Vabadussoja_Ajaloo_Komitee, lk 12
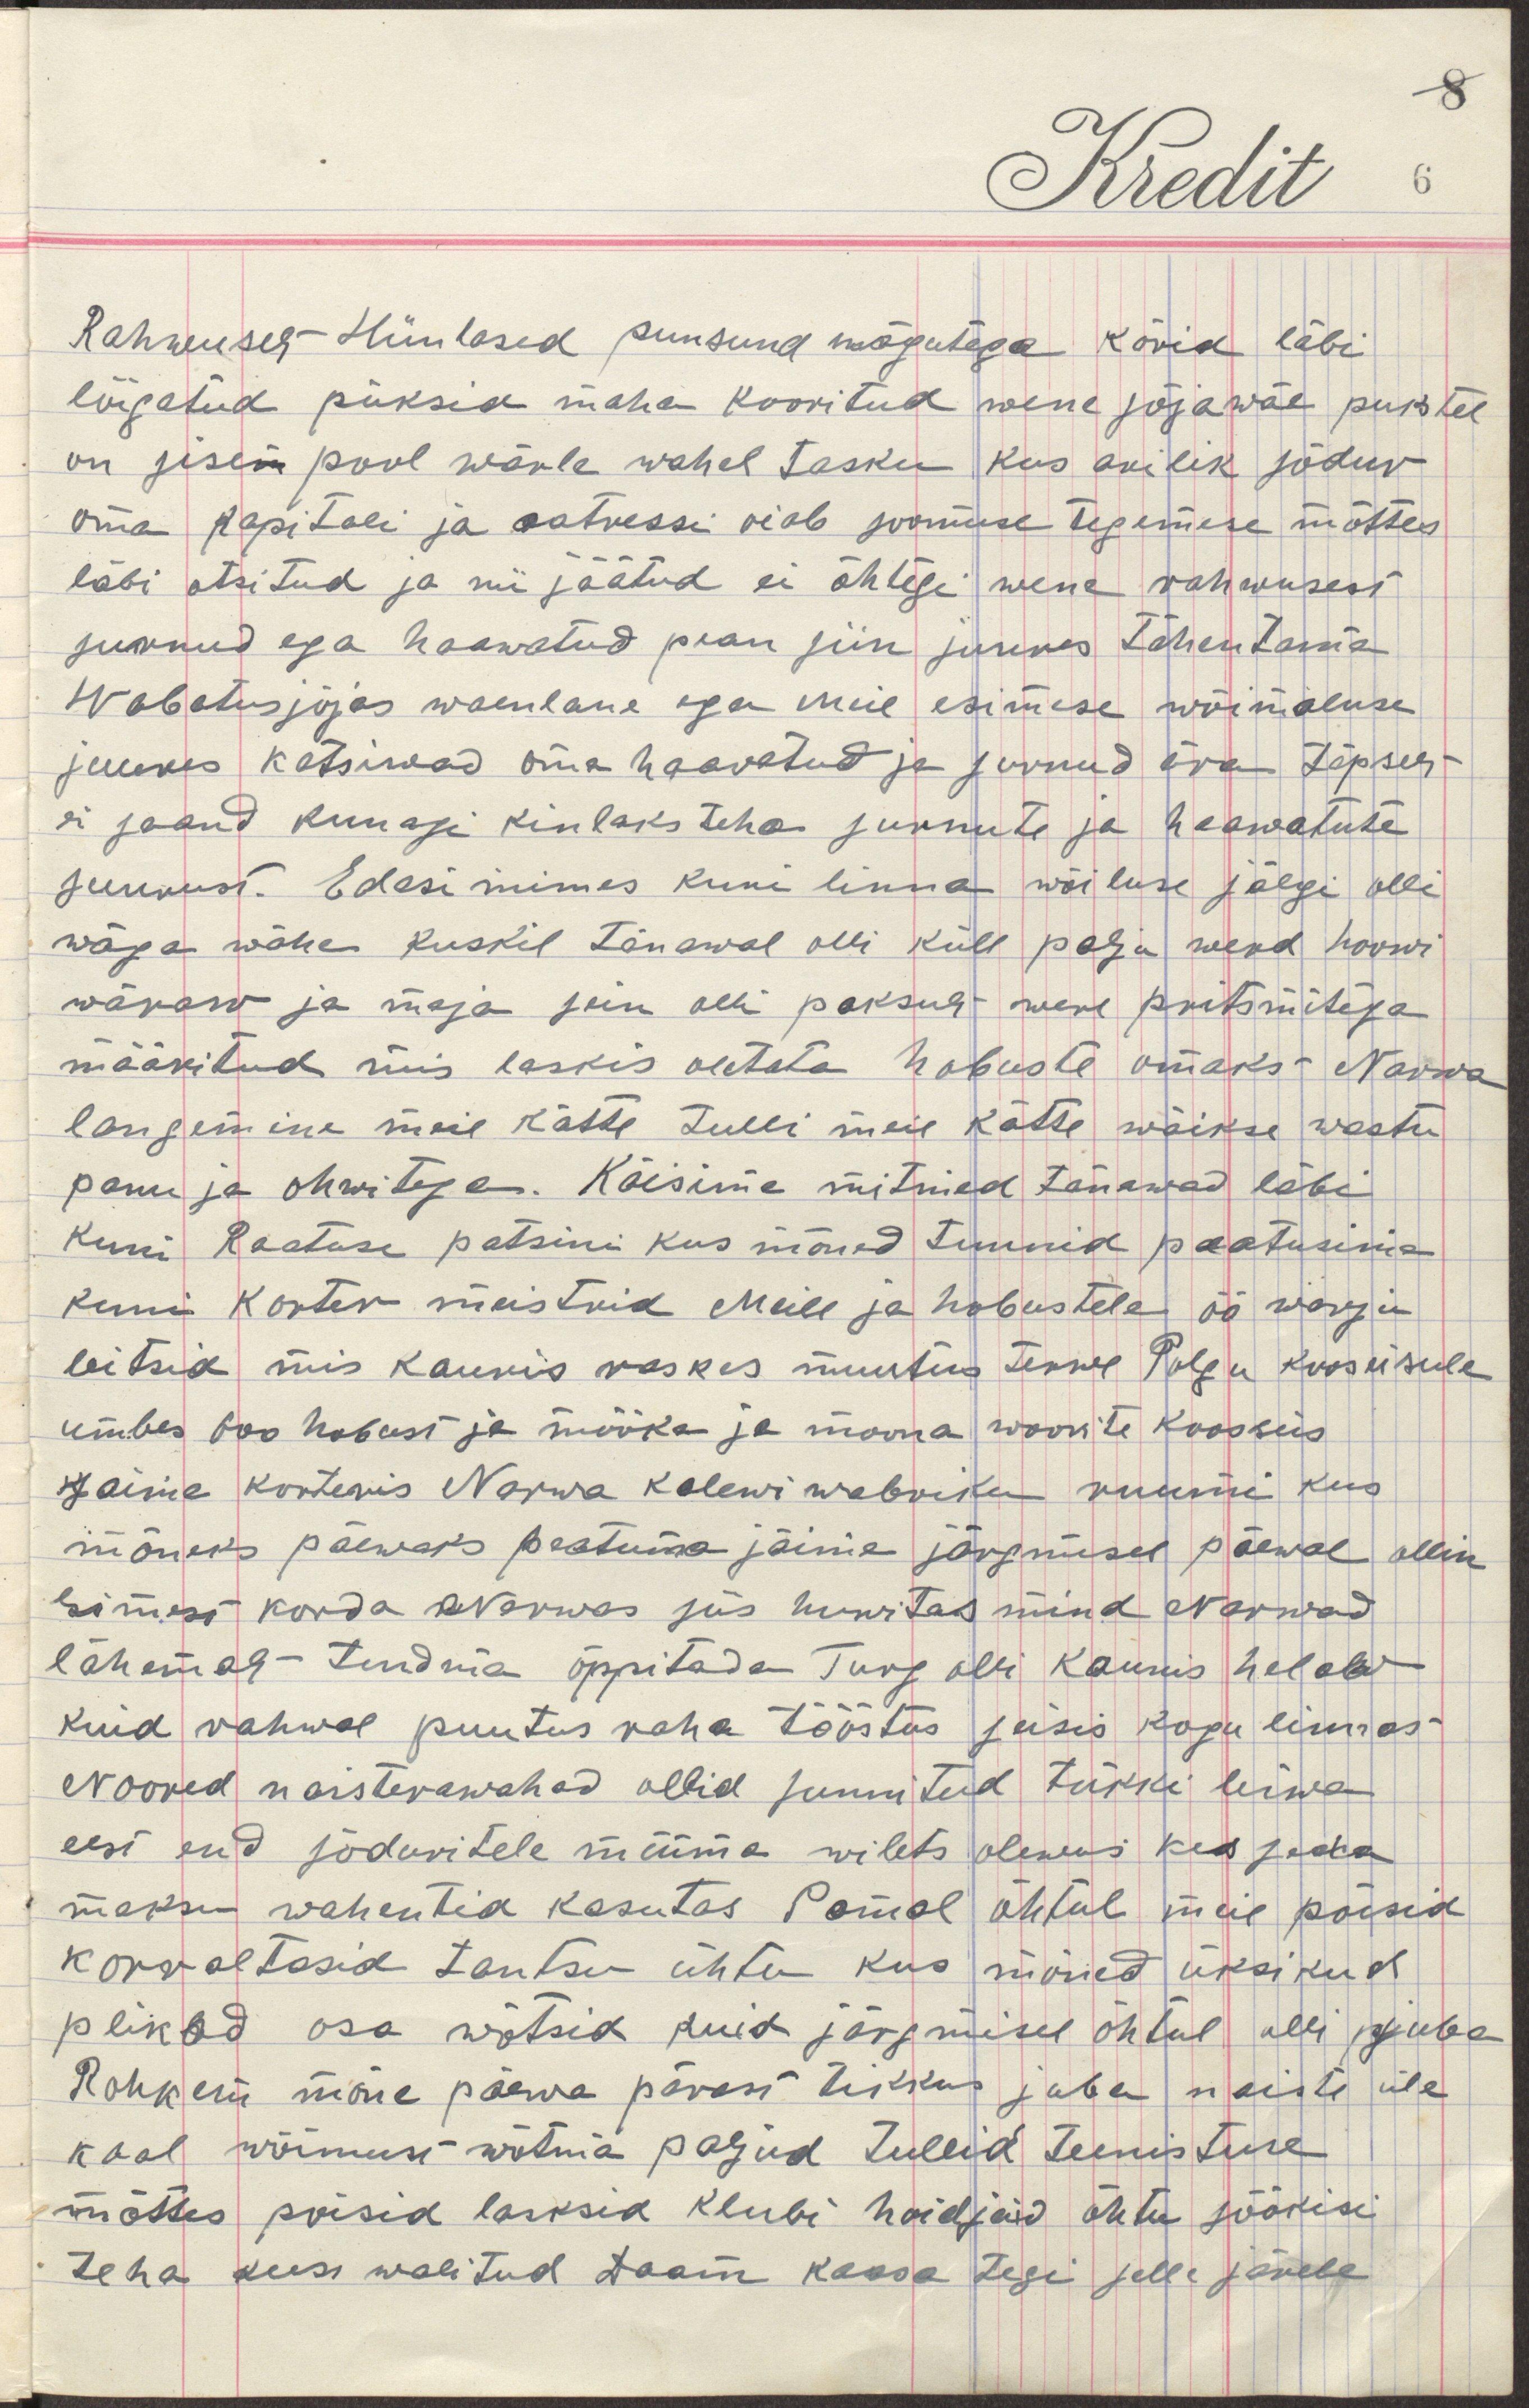
Rahwuselt Hiinlased punsund nägutega kõrid läbi
lõigatud püksid maha kooritud wene sõjawäe pukstel 
on sisem pool wärle wahel tasku kus arilik sõdur  
oma kapitali ja aatressi oiab soomuse tegemese mõttes 
läbi otsitud ja nii jäätud ei õhtegi wene rahwusest  
surnud ega haawatud pean siin juures tähentama  
Wabatussõjas waenlane ega meie esimese wõimaluse 
juures katsiwad oma haawatud ja surnud ära täpselt  
ei saand kunagi kinlaks teha surnute ja haawatute  
suurust. Edasi minnes kuni linna wõiluse jälgi olli  
wäga wähe kuskil tänawal olli küll palju werd hoowi   
wäraw ja maja sein olli paksud were pritsmitega  
määritud mis laskis oletata hobuste omaks Narwa  
langemine meie kätte tulli meie kätte wäikse wastu  
panu ja ohwitega. Käisime mitmed tänawad läbi  
kuni Raatuse patsini kus mõned tunnid peatusime
kuni korter meistrid meile ja hobustele öö warju
leitsid mis kaunis raskes muutus terwe Polgu koosseisule
umbes 600 hobust ja mööka ja moona woorite koosseis
saime korteris Narwa Kalewiwabriku ruumi kus
mõneks päewaks peatuma jäime järgmisel päewal ollin
esimest korda Narwas siis huwitas mind Narwad
lähemalt tundma õppitada Turg olli kaunis helaw
kuid rahwal puutus raha tööstus seisis kogu linnas
Noored naisterawahad ollid sunnitud tükki leiwa
eest end sõduritele müüma wilets olewus kes seda
maksu wahentia kasutas Samal õhtul meie poisid
korraltasid tantsu õhtu kus mõned üksikud
plikad osa wõtsid kuid järgmisel õhtul olli juba
Rohkem mõne päewa pärast hakkas juba naiste üle
kaal wõimust wõtma paljud tullid teenistuse
mõttes poisid lasksid klubi hoidjaid õhtu söökisi
teha kus walitud daam kaasa tegi selle järele